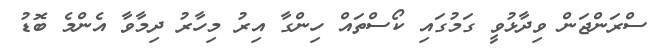
ސްރަންޖަން ވިދާޅުވީ ގަމުގައި ކޯސްތައް ހިންގާ އިރު މިހާރު ދިމާވާ އެންމެ ބޮޑު